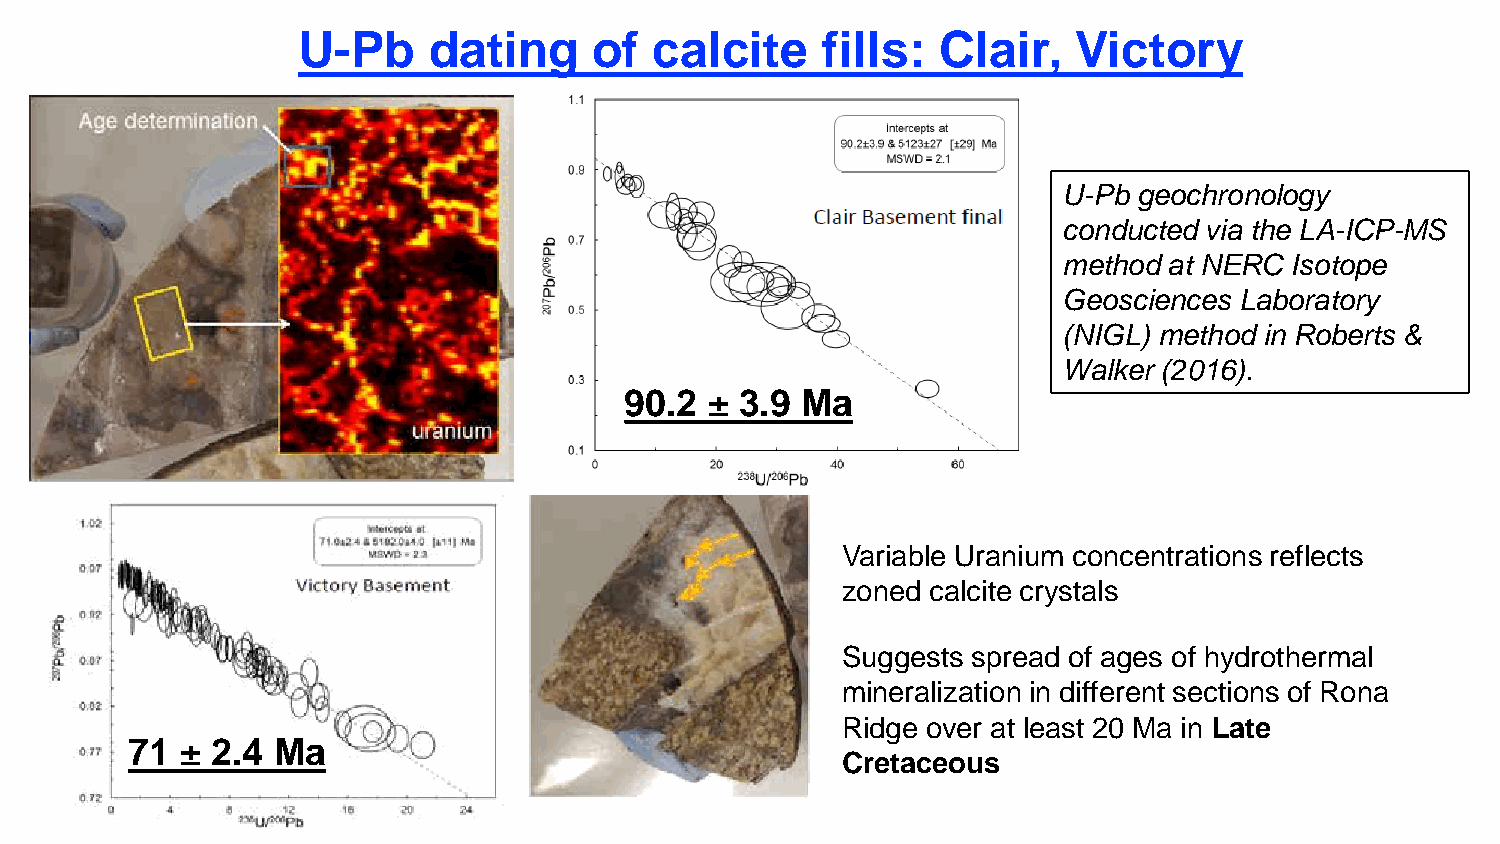
U-Pb    dating     of  calcite    fills:  Clair,   Victory
 U-Pb geochronology
 conducted via the LA-ICP-MS
 method at NERC Isotope
 Geosciences Laboratory
 (NIGL) method in Roberts &
 Walker (2016).
 90.2  ± 3.9 Ma
 Variable Uranium concentrations reflects
 zoned calcite crystals
 Suggests spread of ages of hydrothermal
 mineralization in different sections of Rona
 Ridge over at least 20 Ma in Late
 71  ± 2.4 Ma
 Cretaceous